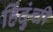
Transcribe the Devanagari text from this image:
हिंदुंची